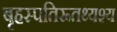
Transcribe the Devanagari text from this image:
बृहस्पतिरूतथ्यश्य